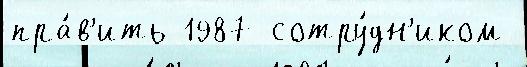
пра́в'ить 1987 сотру́дн'иком